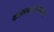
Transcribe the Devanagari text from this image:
कामकाजाकरीता